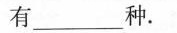
有___种。